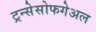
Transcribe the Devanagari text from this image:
ट्रन्सेसोफगेअल